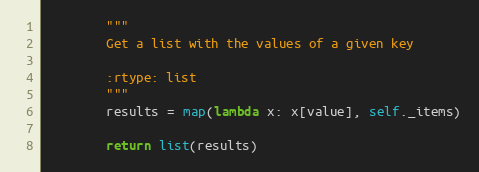
Language: Python
        """
        Get a list with the values of a given key

        :rtype: list
        """
        results = map(lambda x: x[value], self._items)

        return list(results)